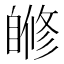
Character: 𦤜